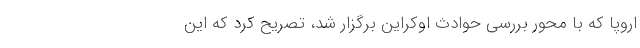
اروپا که با محور بررسی حوادث اوکراین برگزار شد، تصریح کرد که این